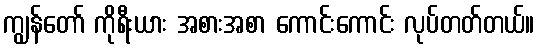
ကျွန်တော် ကိုရီးယား အစားအစာ ကောင်းကောင်း လုပ်တတ်တယ်။